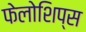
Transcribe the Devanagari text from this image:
फेलोशिप्स